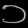
Digit: ၁